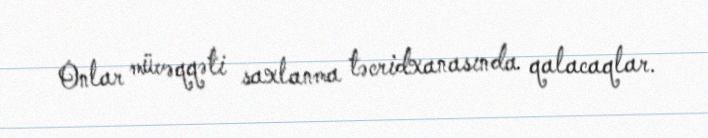
Onlar müvəqqəti saxlanma təcridxanasında qalacaqlar.